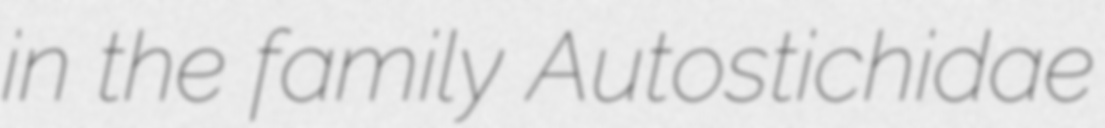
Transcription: in the family Autostichidae